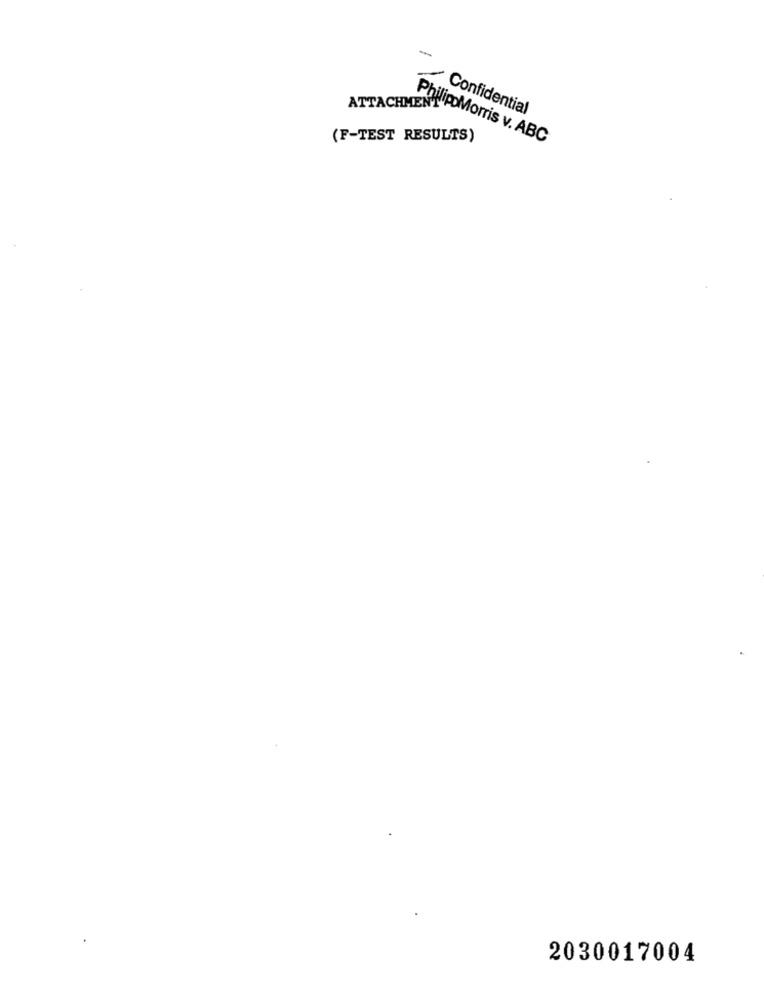
Confidential
(F-TEST RESULTS)
ATTACHMENT POMorris v. ABC
2030017004